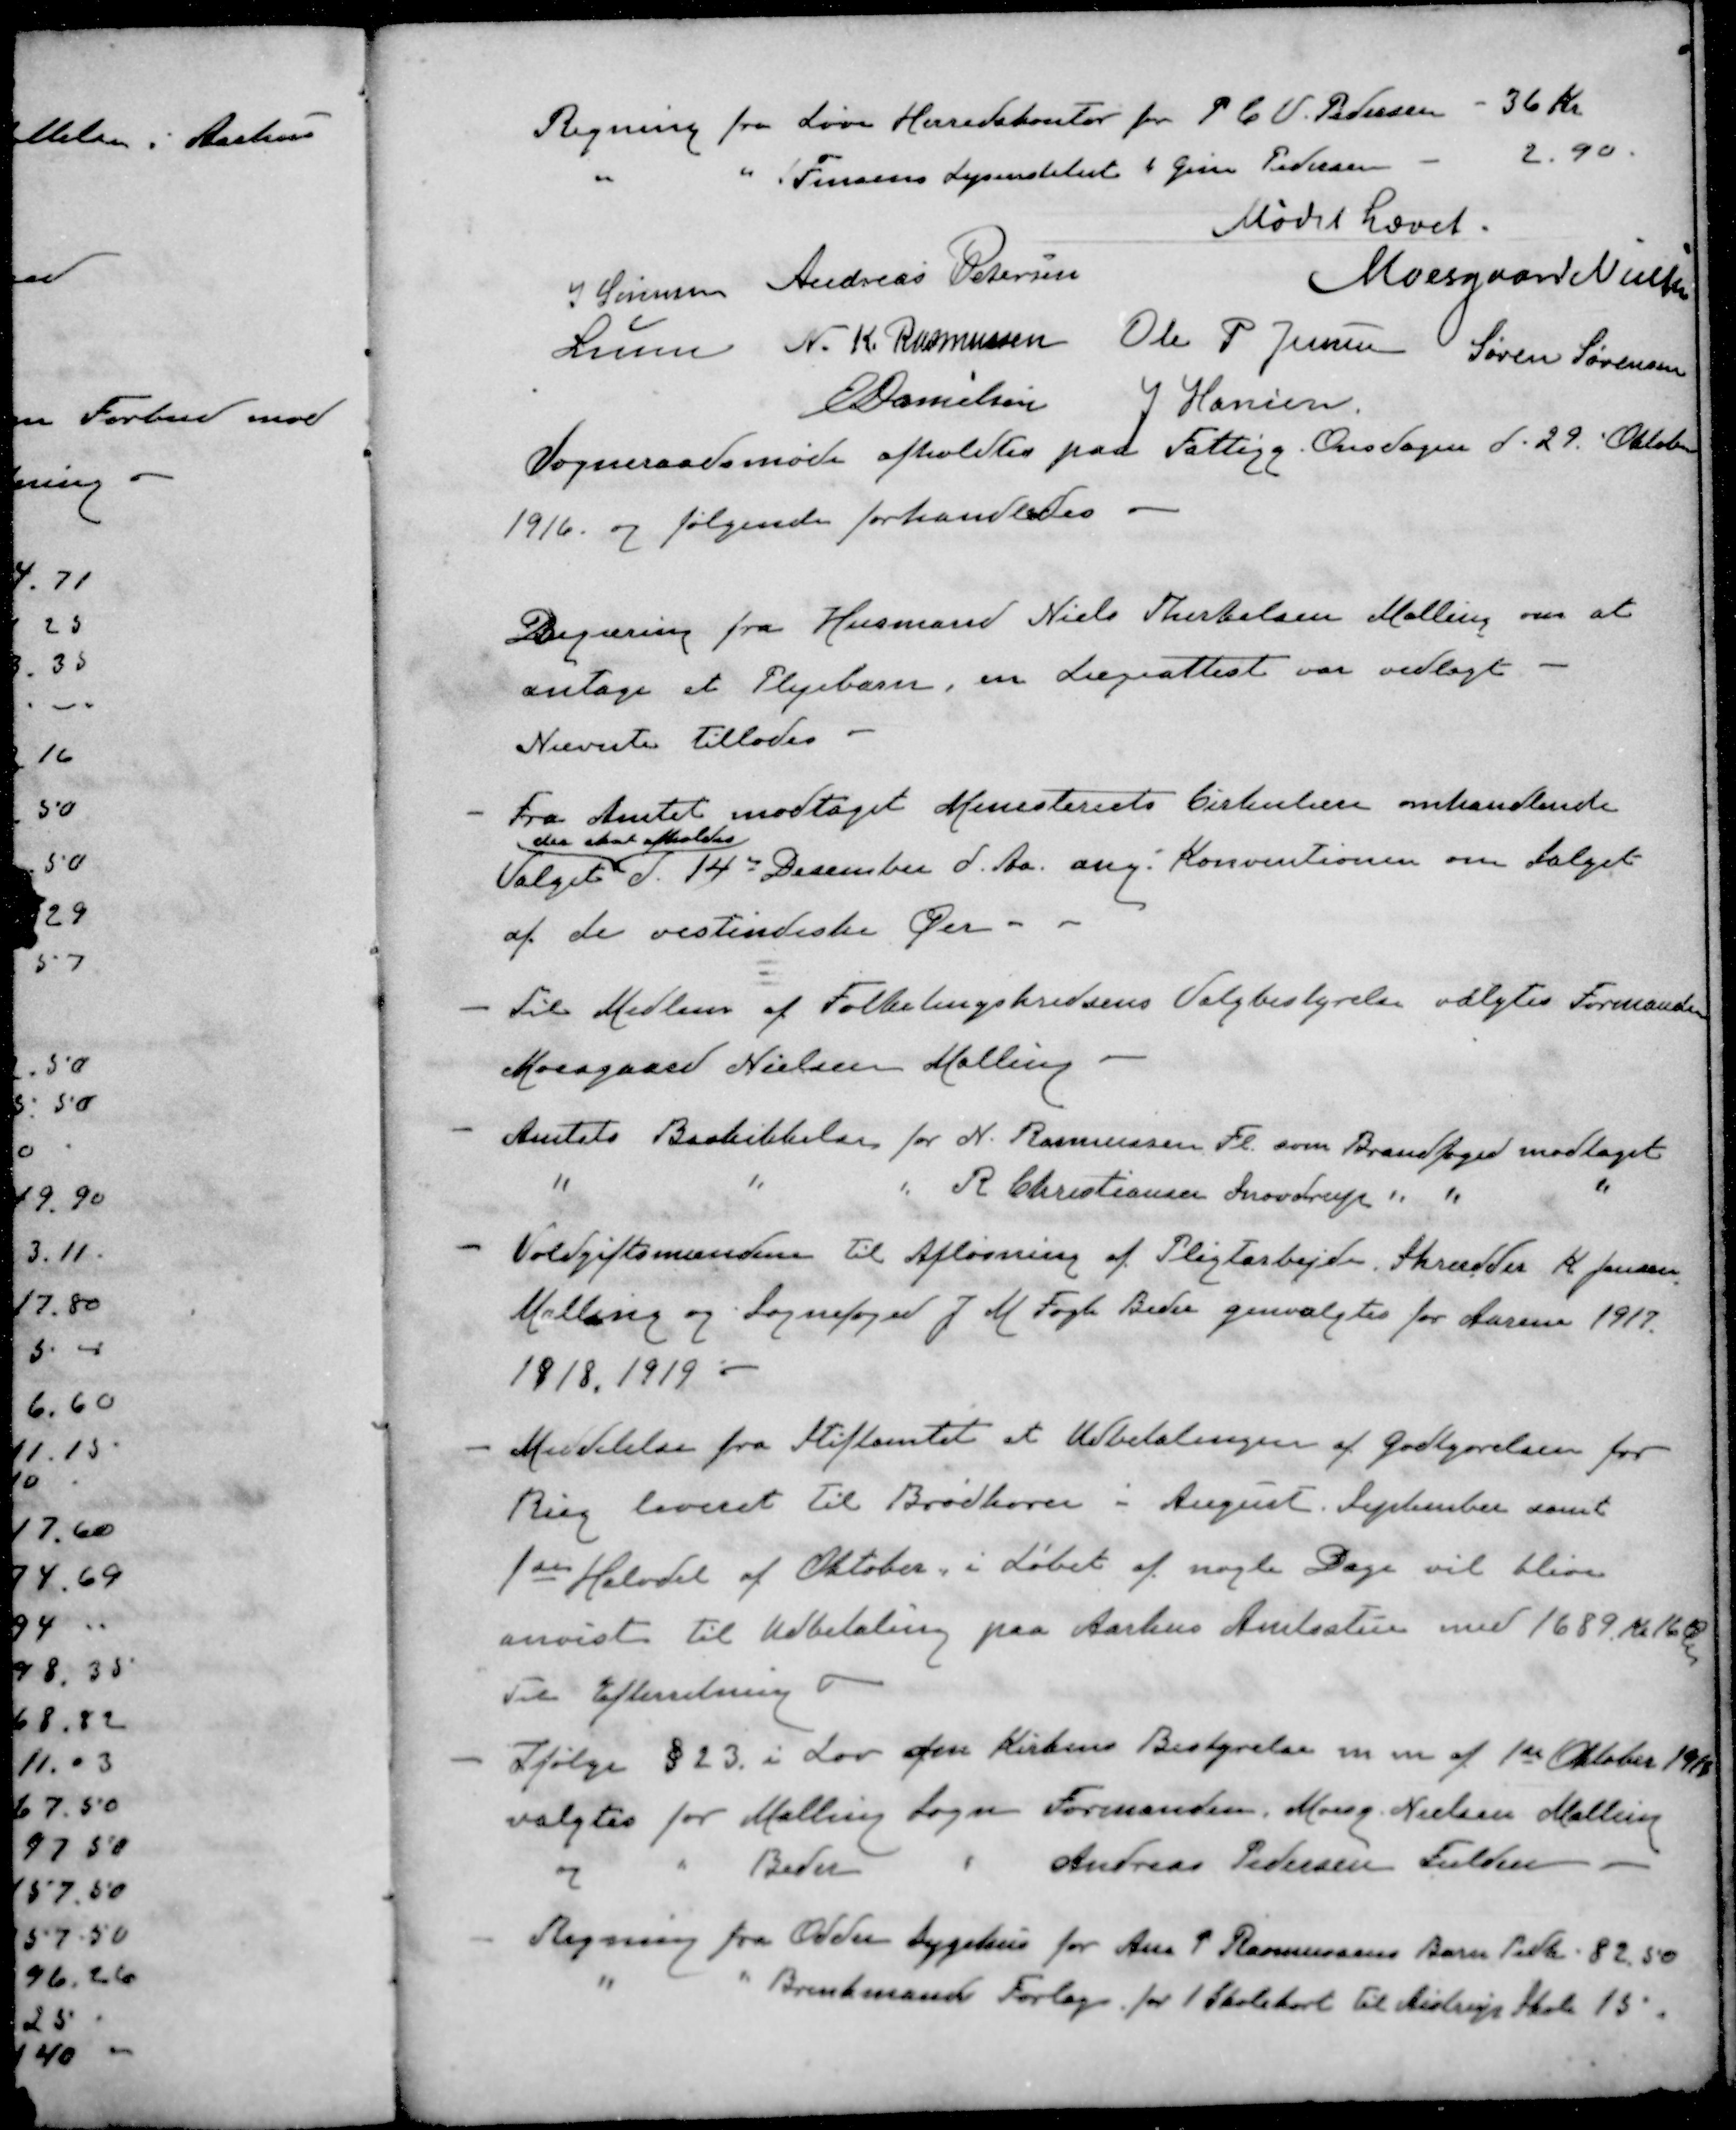
Transskription:
Regning fra Løve Herredskontor for P. C. V. Pedersen - 36 Kr
" " Jensens Lysinstitut " Gren Pedersen - 2,90
Mødet hævet.
J Sørensen
Andreas Petersen
Moesgaard Nielsen
Lunn
N. K. Rasmussen
Ole P Jensen
Søren Sørensen
E Danielsen
J Hansen
Sogneraadsmøde afholdtes paa Fattigg. Onsdagen d. 29. Oktober
1916 og følgende forhandledes.
Begæring fra Husmand Niels Therkelsen Malling om at
antage et Plejebarn, en Lægeattest var vedlagt
Nævnte tillades
- Fra Amtet modtaget Ministeriets Cirkulære omhandlende
der skal afholdtes
Valget d. 14de December d. Aa. ang. Konventionen om Salget
af de vestindiske Øer
- Til Medlem af Folketingskredsens Valgbestyrelse valgtes Formanden
Moesgaard Nielsen Malling
- Amtets Beskikkelse for N. Rasmussen Fl. som Brandfoged modtaget
" " " R Christiansen Snovdrup " " "
- Voldgiftsmændene til Afløsning af Pligtarbejde. Skrædder K Jensen,
Malling og Sognefoged J M Fogh Beder genvalgtes for Aarene 1917.
1918, 1919 
- Meddelelse fra Stiftamtet at Udbetalingen af Godtgørelsen for
Rug leveret til Brødkorn - August September samt
1ste Halvdel af Oktober i Løbet af nogle Dage vil blive
anvist til Udbetaling paa Aarhus Amtsstue med 1689 Kr. 16 Ø
Til Efterretning
- Ifølge § 23 i Lov om Kirkens Bestyrelse m m af 1ste Oktober 1910
valgtes for Malling Sogn Formanden, Moesg. Nielsen Malling
og " Beder " Andreas Pedersen Fulden
- Regning fra Odder Sygehus for Ane P Rasmussens Barn Peder. 82,50
" " Brinkmand Forlag for 1 Skolekort til Aistrup Skole 15